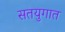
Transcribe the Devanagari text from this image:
सतयुगात